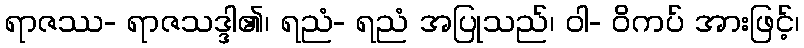
ရာဇဿ- ရာဇသဒ္ဒါ၏၊ ရညံ- ရညံ အပြုသည်၊ ဝါ- ဝိကပ် အားဖြင့်၊